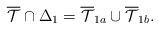
LaTeX: \begin{align*}\overline{\mathcal{T}} \cap \Delta_1 = \overline{\mathcal{T}}_{1a}\cup \overline{\mathcal{T}}_{1b}.\end{align*}